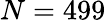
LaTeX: N=499